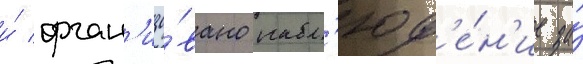
и́ орган'изо́вано набл'юд'е́н'ие за́